Leaving Certificate Examination, 1906
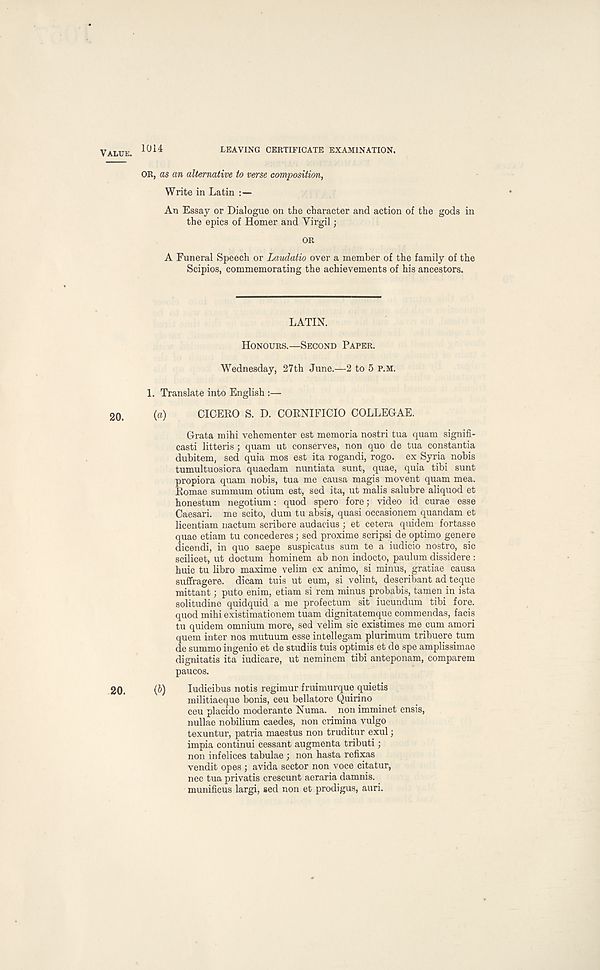
VALUE.
1014
LEAVING CERTIFICATE EXAMINATION.
OR, as an alternative to verse composition,
Write in Latin
An Essay or Dialogue on the character and action of the gods in
the epics of Homer and Virgil;
OR
A Funeral Speech or Laudatio over a member of the family of the
Scipios, commemorating the achievements of his ancestors.
LATIN.
HONOURS.—SECOND PAPER.
Wednesday, 27th June.—2 to 5 P.M.
1. Translate into English :—
20.
(a)
CICERO S. D. CORNIFICIO COLLEGAE.
Grata mihi vehementer est memoria nostri tua quam signifi-
casti litteris; quam ut conserves, non quo de tua constantia
dubitem, sed quia mos est ita rogandi, rogo. ex Syria nobis
tumultuosiora quaedam nuntiata sunt, quae, quia tibi sunt
propiora quam nobis, tua me causa magis movent quam mea.
Romae summum otium est, sed ita, ut malis salubre aliquod et
honestum negotium: quod spero fore; video id curae esse
Caesari. me scito, dum tu absis, quasi occasionem quandam et
licentiam nactum scribere audacius ; et cetera quidem fortasse
quae etiam tu concederes; sed proximo scripsi de optimo genere
dicendi, in quo saepe suspicatus sum te a iudicio nostro, sic
scilicet, ut doctum hominem ab non indocto, paulum dissidere :
huic tu libro maxime velim ex animo, si minus, gratiae causa
suffragere. dicam tuis ut eum, si volint, describant ad teque
mittant; puto enim, etiam si rem minus probabis, tamen in ista
solitudine quidquid a me profectum sit iucundum tibi fore,
quod mihi existimationem tuam dignitatemque commendas, facis
tu quidem omnium more, sed velim sic existimes me cum amori
quern inter nos mutuum esse intellegam plurimum tribuere turn
de summo ingenio et de studiis tuis optimis et de spe amplissimae
dignitatis ita iudicare, ut neminem tibi anteponam, comparem
paucos.
20.
(b)
ludicibus notis regimur fruimurque quietis
militiaeque bonis, ceu bellatore Quirino
ceu placido moderante Numa. non imminet ensis,
nullae nobilium caedes, non crimina vulgo
texuntur, patria maestus non truditur exul;
impia continui cessant augmenta tributi;
non infelices tabulae ; non hasta refixas
vendit opes ; avida sector non voce citatur,
nec tua privatis crescunt aeraria damnis.
munificus largi, sed non et prodigus, auri.